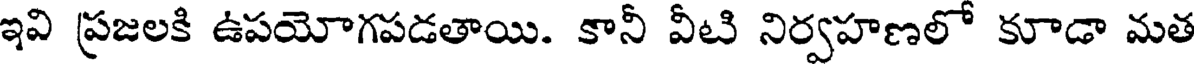
ఇవి ప్రజలకి ఉపయోగపడతాయి. కానీ వీటి నిర్వహణలో కూడా మత